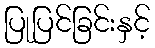
ပြုပြင်ခြင်းနှင့်